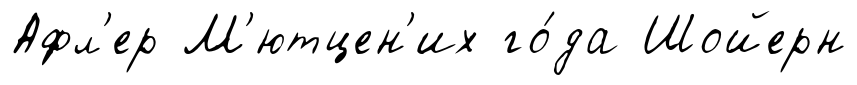
Афл'ер М'ютцен'их го́да Шойерн